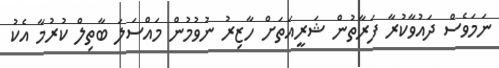
ނަމަވެސް ދައުވާކުރާ ފަރާތުން ޝަރީއަތަށް ހާޒިރު ނުވުމުން މައްސަލަ ބާތިލް ކުރުމާ އެކު